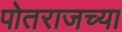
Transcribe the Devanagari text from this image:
पोतराजच्या